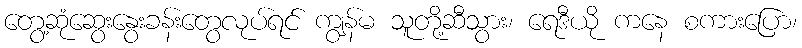
တွေ့ဆုံဆွေးနွေးခန်းတွေလုပ်ရင် ကျွန်မ သူတို့ဆီသွား၊ ရေဒီယို ကနေ စကားပြော၊